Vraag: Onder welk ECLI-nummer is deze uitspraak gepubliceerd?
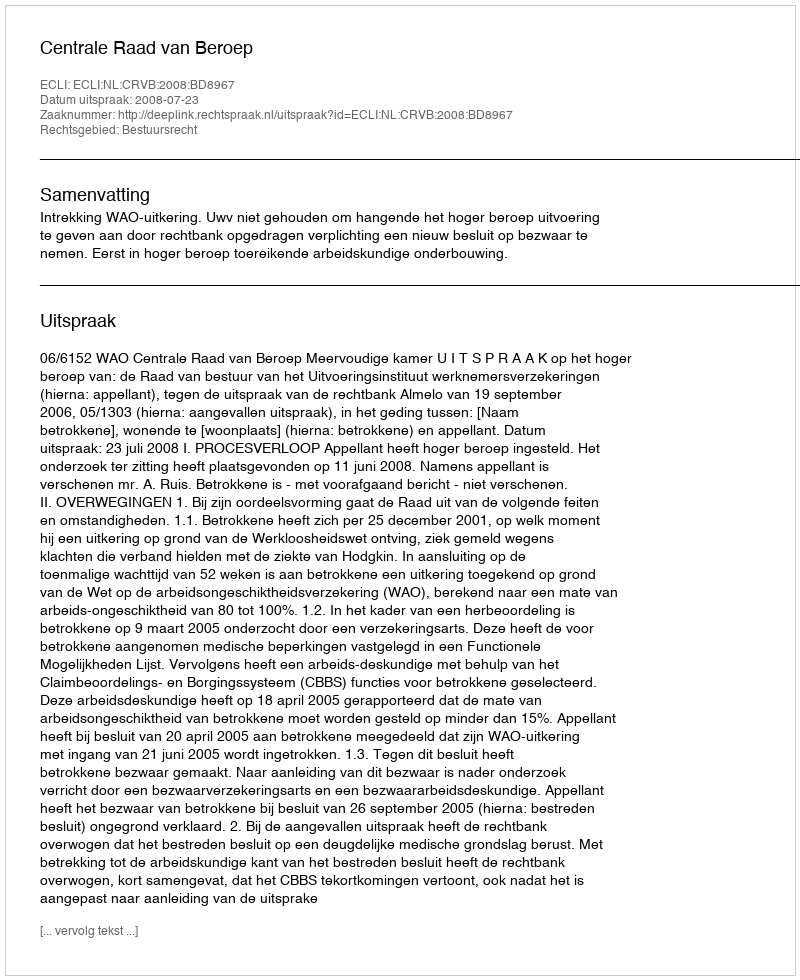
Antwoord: ECLI:NL:CRVB:2008:BD8967